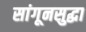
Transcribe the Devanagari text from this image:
सांगूनसुद्धा